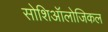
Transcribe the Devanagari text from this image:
सोशिऑलोजिकल